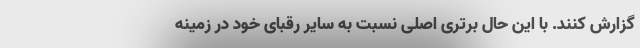
گزارش کنند. با این حال برتری اصلی نسبت به سایر رقبای خود در زمینه